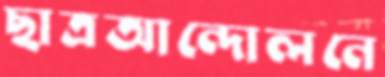
ছাত্রআন্দোলনে